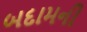
બદામની